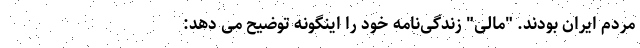
مردم ایران بودند. "مالی" زندگی‌نامه خود را اینگونه توضیح می دهد: